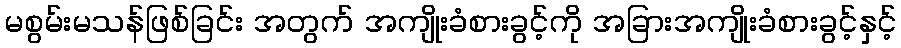
မစွမ်းမသန်ဖြစ်ခြင်း အတွက် အကျိုးခံစားခွင့်ကို အခြားအကျိုးခံစားခွင့်နှင့်